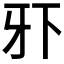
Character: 𰠠